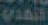
النهدي